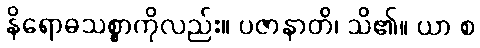
နိရောဓသစ္စာကိုလည်း။ ပဇာနာတိ၊ သိ၏။ ယာ စ